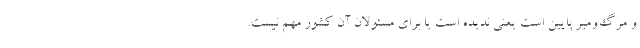
و مرگ‌ومیر پایین است یعنی ندیده است یا برای مسئولان آن کشور مهم نیست.